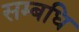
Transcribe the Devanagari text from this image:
सम्बधि